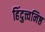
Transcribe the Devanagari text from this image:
हिंदुत्त्वनिष्ठ